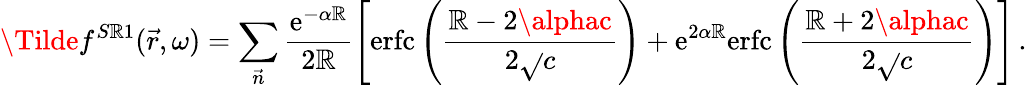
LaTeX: \Tilde{f}^{S\mathbb{R}1}(\vec{{r}},\omega)=\sum_{\vec{{n}}}\frac{{\mathrm{{e}}^{-\alpha\mathbb{R}}}}{{2\mathbb{R}}}\left[\mathrm{{erfc}}\left(\frac{{\mathbb{R}-2\alphac}}{{2\sqrt{}{{c}}}}\right)+\mathrm{{e}}^{2\alpha\mathbb{R}}\mathrm{{erfc}}\left(\frac{{\mathbb{R}+2\alphac}}{{2\sqrt{}{{c}}}}\right)\right]\, .